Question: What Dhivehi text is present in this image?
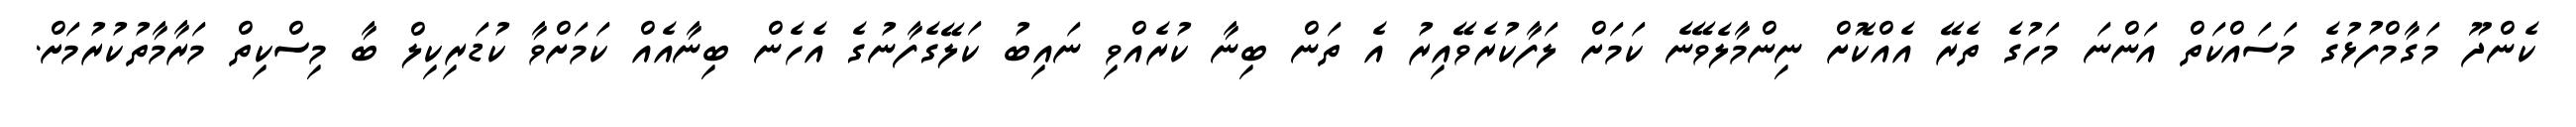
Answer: ކެންދޫ މަގާމްފުޅުގެ މަސައްކަތް އަންނަ މަހުގެ ތެރޭ އެއްކޮށް ނިންމާލެވޭނެ ކަމަށް ލަފާކުރެވޭއިރު އެ ތަން ބިނާ ކުރެއްވި ނައިބު ކަލޭގެފާނުގެ އެހެން ބިނާއެއް ކަމަށްވާ ކުޑަރިކިލް ބާ މިސްކިތް މަރާމާތުކުރުމަށް.